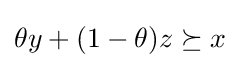
\theta y+(1-\theta )z\succeq x